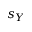
s _ { Y }